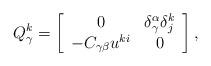
LaTeX: \begin{align*}Q_{\gamma }^{k}=\left[ \begin{array}{cc}0 & \delta _{\gamma }^{\alpha }\delta _{j}^{k} \\ -C_{\gamma \beta }u^{ki} & 0\end{array}\right] , \end{align*}